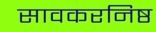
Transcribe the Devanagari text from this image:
सावकरनिष्ठ